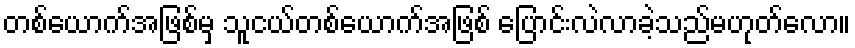
တစ်ယောက်အဖြစ်မှ သူငယ်တစ်ယောက်အဖြစ် ပြောင်းလဲလာခဲ့သည်မဟုတ်လော။